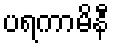
ပရကာမိနီ